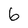
Character: 6